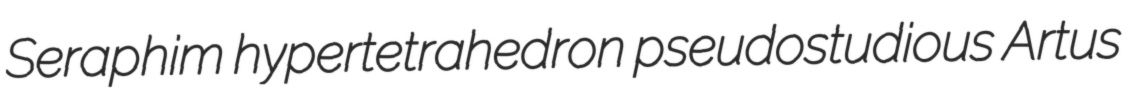
Seraphim hypertetrahedron pseudostudious Artus